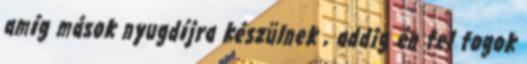
amíg mások nyugdíjra készülnek , addig én fel fogok